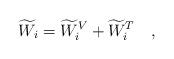
LaTeX: \begin{align*}\widetilde{W}_i=\widetilde{W}_i^V+\widetilde{W}_i^T~~~,\end{align*}